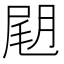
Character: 𡲊